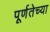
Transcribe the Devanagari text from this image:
पूर्णतेच्या